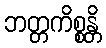
ဘတ္တကိစ္စန္တိ